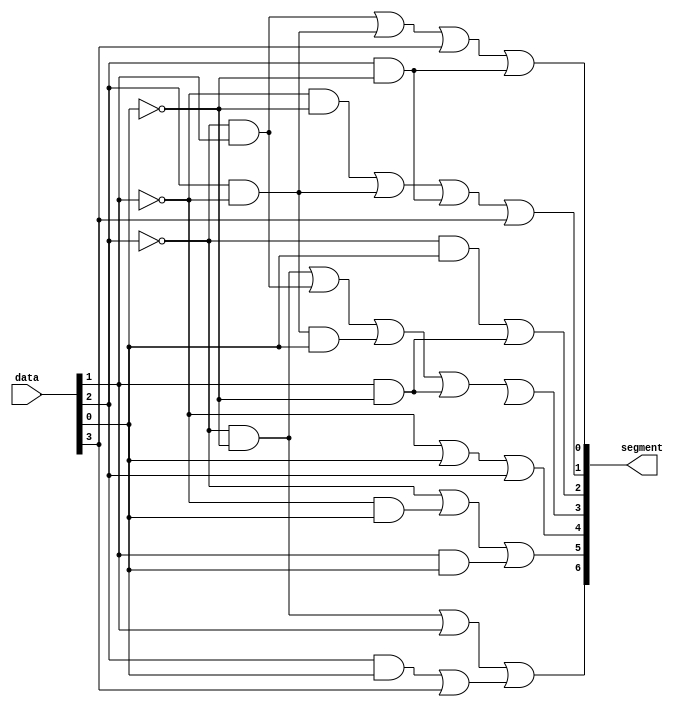
module seven_segment(input [3:0] data, 
                     output [6:0] segment);

assign segment[6] = (~data[2] & ~data[0]) | data[1] | (data[2] & data[0] | data[3]);
assign segment[5] = ~data[2] | (~data[1] & data[0]) | (data[1] & data[0]);
assign segment[4] = (~data[1] | data[0] | data[2]);
assign segment[3] = (~data[2] & ~data[0]) | (~data[2] & data[1]) | (data[2] & ~data[1] & data[0]) | (data[1] & ~data[0]) | data[4];
assign segment[2] = (~data[2] & data[0]) | (data[1] & ~data[0]);
assign segment[1] = (~data[1] & ~data[0]) | (data[2] & ~data[1]) | (data[2] & ~data[0]) | data[3] ;
assign segment[0] = (~data[2] & data[1]) | (data[2] & ~data[1]) | data[3] | (data[2] & ~data[0]);

endmodule

module main(input [7:0]sw, 
            output [13:0] segments);

seven_segment hex1 (.data(sw[7:4]), .segment(segments[13:7]));
seven_segment hex2 (.data(sw[3:0]), .segment(segments[6:0]));

endmodule